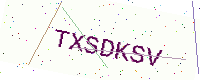
Text: TXSDKSV